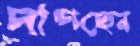
দাগছেন